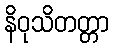
နိဝုသိတတ္တာ